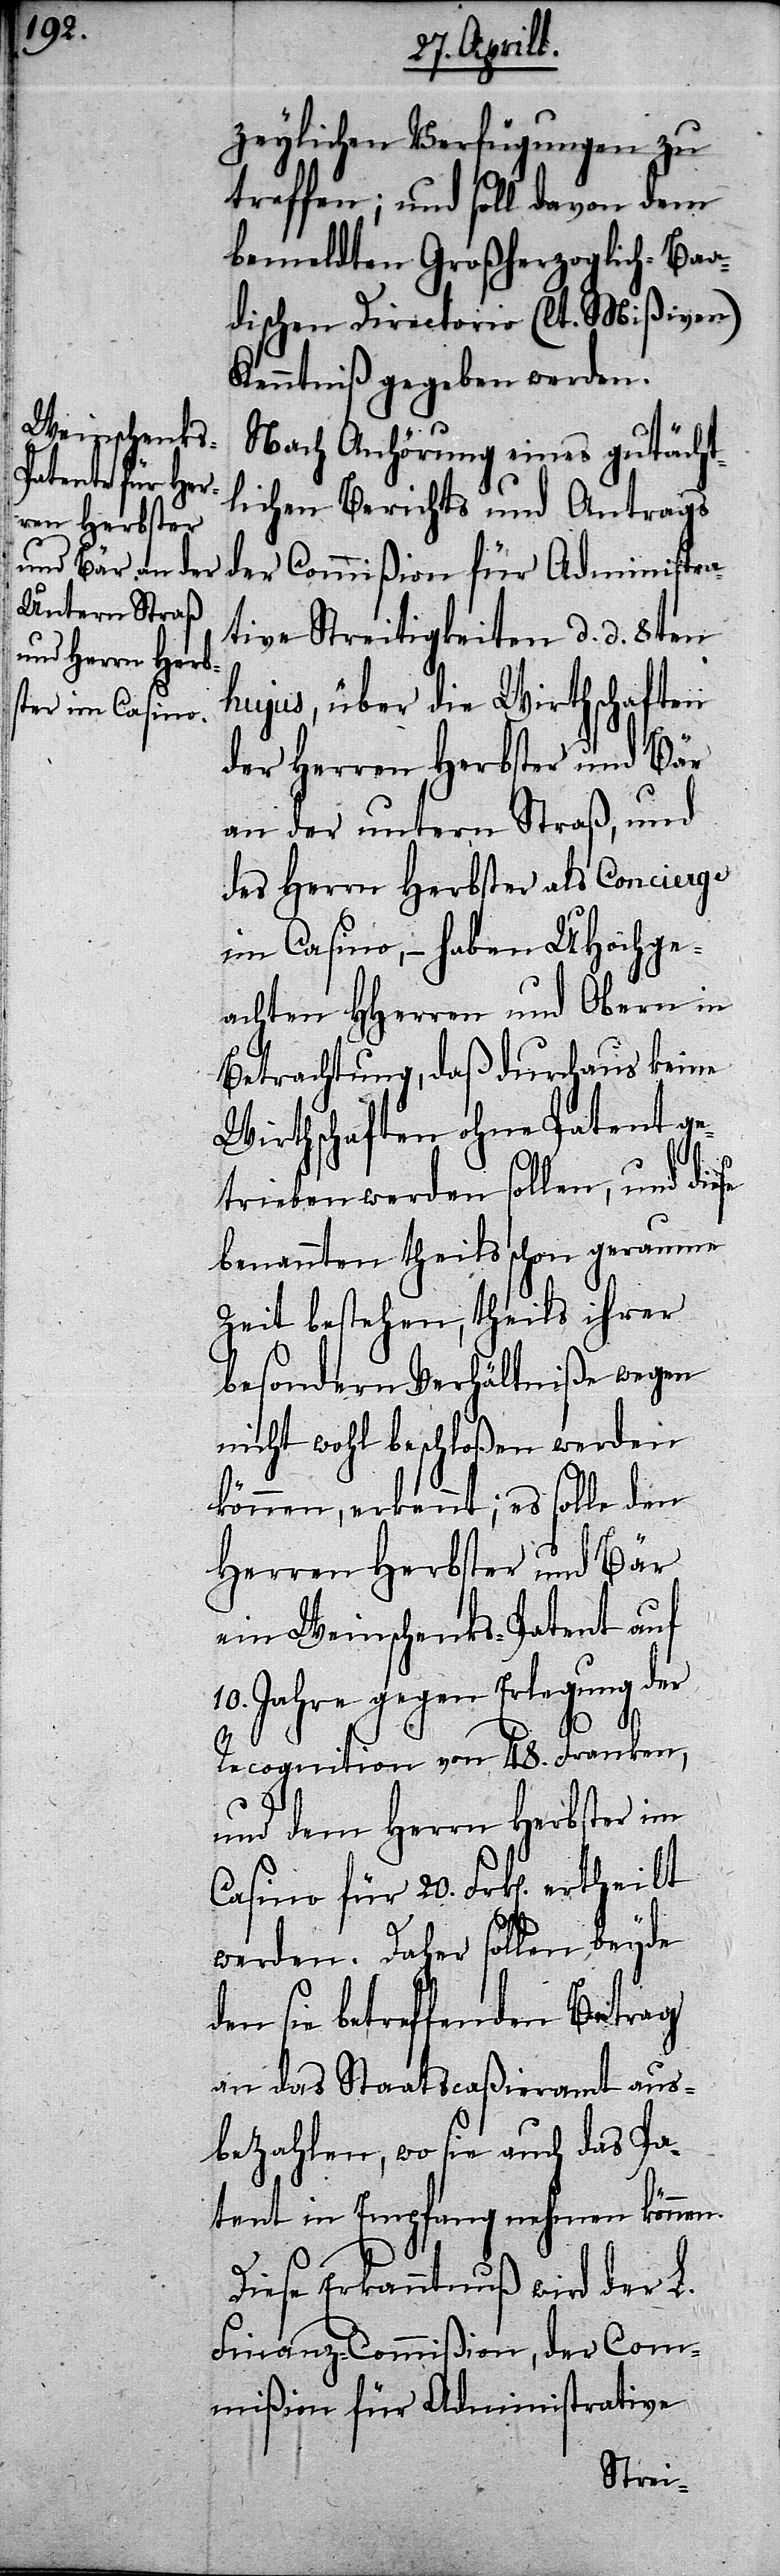
zeylichen Verfügungen zu
treffen; und soll davon dem
bemeldten Großherzoglich-Baa¬
dischen Directorio (lt. Mißiven)
Kenntniß gegeben werden.
Nach Anhörung eines gutächt¬
lichen Berichts und Antrags
der Commißion für Administra¬
tive Streitigkeiten d. d. 8ten
hujus, über die Wirthschaften
der Herren Herbster und Bär
an der untern Straß, und
des Herrn Herbster als Concierge
im Casino, – haben UHochge¬
achten HHerren und Obern in
Betrachtung, daß durchaus keine
Wirtschaften ohne Patent ge¬
trieben werden sollen, und diese
benannten theils schon geraume
Zeit bestehen, theils ihrer
besondern Verhältniße wegen
nicht wohl beschloßen werden
können, erkennt; es solle den
Herren Herbster und Bär
ein Weinschenks-Patent auf
10. Jahre gegen Erlegung der
Recognition von 48. Frk[en].
werden. Daher sollen beyde
den sie betreffenden Betrag
an das Staatscaßieramt aus¬
bezahlen, wo sie auch das Pa¬
tent in Empfang nehmen können.
Diese Erkanntnuß wird der L.
Finanz-Commißion, der Com¬
mißion für Administrative